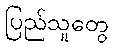
ပြည်သူတွေ